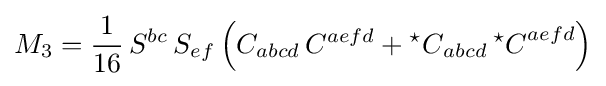
M_{3}={\frac {1}{16}}\,S^{bc}\,S_{ef}\left(C_{abcd}\,C^{aefd}+{{}^{\star }C}_{abcd}\,{{}^{\star }C}^{aefd}\right)